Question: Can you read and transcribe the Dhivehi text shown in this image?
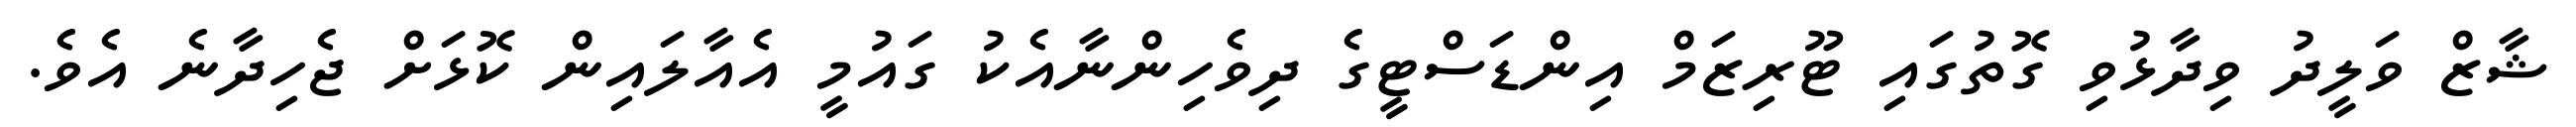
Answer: ޝާޒް ވަލީދު ވިދާޅުވި ގޮތުގައި ޓޫރިޒަމް އިންޑަސްޓީގެ ދިވެހިންނާއެކު ގައުމީ އެއާލައިން ކޮޅަށް ޖެހިދާނެ އެވެ.